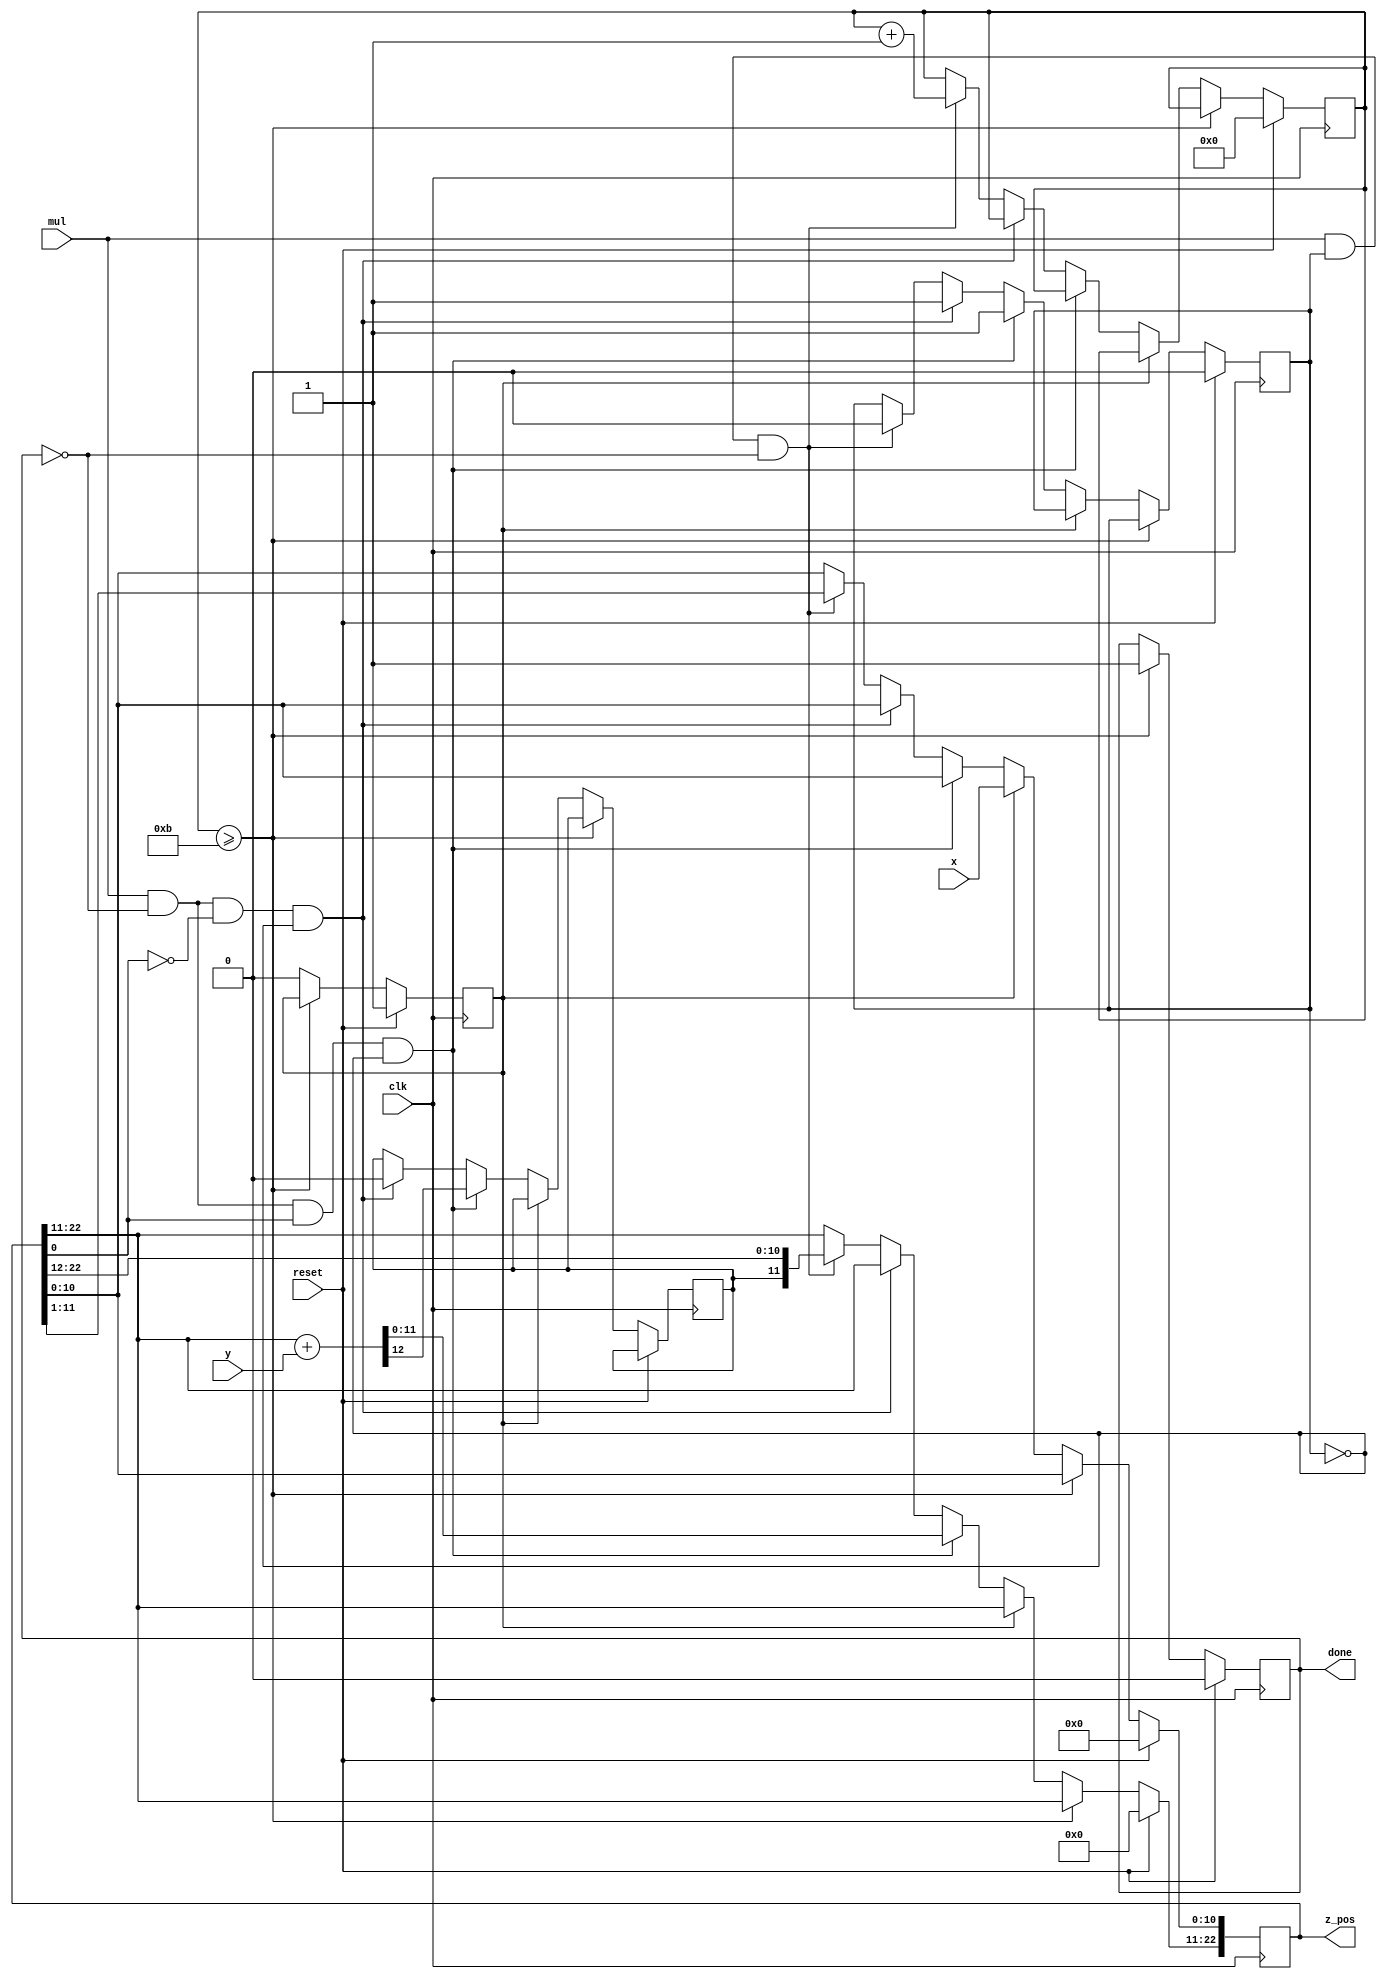
`timescale 1ns / 1ps
//////////////////////////////////////////////////////////////////////////////////
// Company: 
// Engineer: 
// 
// Design Name: 
// Module Name: unsigned_multiplier
// Project Name: 
// Target Devices: 
// Tool Versions: 
// Description: 
// 
// Dependencies: 
// 
// Revision:
// Revision 0.01 - File Created
// Additional Comments:
// 
//////////////////////////////////////////////////////////////////////////////////

//uses a classic shift algorithm to multiply two numbers 

module  unsigned_multiplier 
    #(parameter N=11, parameter M=12) ( input [N-1:0] x, input [M-1:0] y, 
    input reset, input clk, input mul, 
    output reg [N+M-1:0] z_pos, output reg done
    );
 
     //register to hold the counter to know when done
     //register to indicate when we shift next and a register for the si carry value 
     reg [7:0] counter; 
     reg shift;
     reg si; 
     reg load;
     
    always @(posedge clk) begin 
    
        //if reset then set everything back to zero and fill z_pos least significant bits
        //with the value of x
        if (reset) begin 
            z_pos <= 0; 
            counter <=0; 
            done <=0;
            //z_pos[N-1:0] <= x;
            z_pos[N-1:0] <= 0;
            z_pos[N+M-1:N] <= 0;
            shift <=0;
            load <=1;
        end
 
 
        //if counter hit max number (N) number bits then done
         else if (counter >= N) begin
            done <=1;
        end
 
        //load a new value into the shift register 
        //load gets asserted as reset 
        else if(load) begin 
            z_pos[N-1:0] <= x;
            load <=0;
        end
 
 
        //if the least significant bit is 1, then we add in the y value to the most significant bits
        //the shift bit indicates when to shift 
        
        //the shifting algorithm first checks if a "1" bit is seen at the lsb 
        //if this is seen, add the value of y to the msb N bits of the register 
        //save the si carry of this addition and shift next cycle 
        else if (mul && !done && z_pos[0] ==1'b1 && !shift) begin
            //store the carry value as well
            {si,z_pos[N+M-1:N]} <= z_pos[N+M-1:N] + y;
            shift <=1;
        end
 
        //if the lsb is a 0, just shift next cycle 
        else if (mul && !done && z_pos[0] ==1'b0 && !shift ) begin
            si <=0;
            shift <=1;
        end
        
        //shift operation, remove ls bit of z_pos and shift in the carry from previous addition 
        else if (mul && shift && !done) begin 
            z_pos[N+M-1:0] <= {si,z_pos[N+M-1:1]};
            counter <= counter +1;
            shift <=0;
        end
 
    end   
        
endmodule